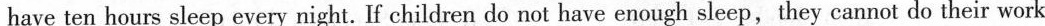
have ten hours sleep every night. If children do not have enough sleep,they cannot do their work